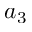
a _ { 3 }